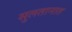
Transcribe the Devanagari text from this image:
सुलतानात